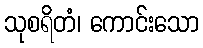
သုစရိတံ၊ ကောင်းသော